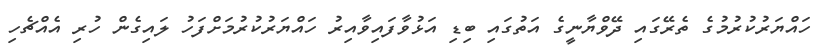
ހައްޔަރުކުރުމުގެ ތެރޭގައި ދޭވްޔާނީގެ އަތުގައި ބިޑި އަޅުވާފައިވާއިރު ހައްޔަރުކުރުމަށްފަހު ލައިގެން ހުރި އެއްޗެހި